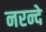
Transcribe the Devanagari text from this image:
नरन्दे